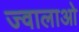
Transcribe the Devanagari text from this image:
ज्वालाओ